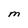
Character: M